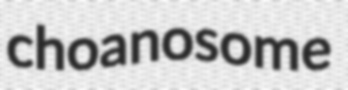
choanosome